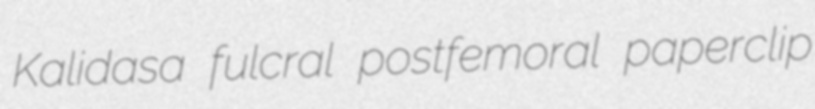
Kalidasa fulcral postfemoral paperclip